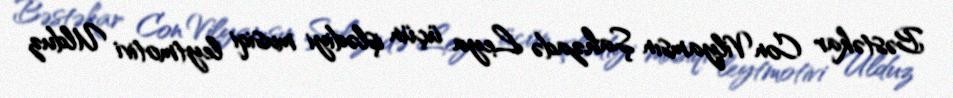
Bəstəkar Con Vilyamsın Şahzadə Leya üçün işlədiyi musiqi leytmotivi Ulduz